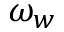
\omega _ { w }